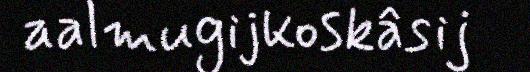
aalmugijkoskâsij